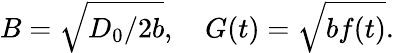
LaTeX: B=\sqrt{D_{0}/2b},~~~~G(t)=\sqrt{bf(t)}.